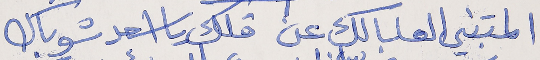
المتبني العا بالك عن      قلك يا اسعد شو باك